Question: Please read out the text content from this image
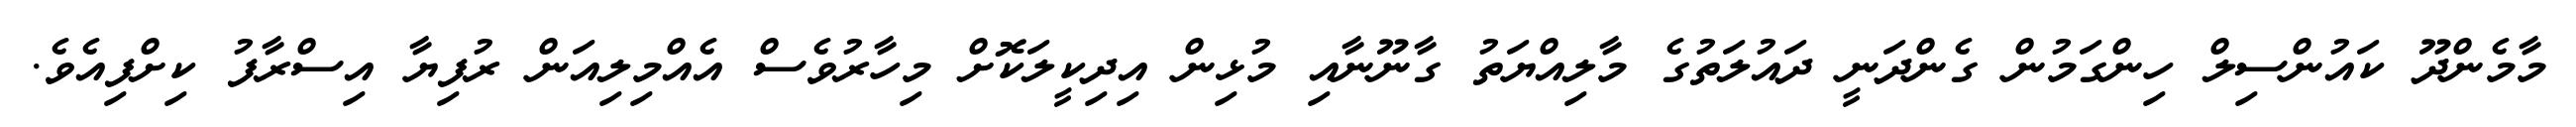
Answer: މާމެންދޫ ކައުންސިލް ހިންގަމުން ގެންދަނީ ދައުލަތުގެ މާލިއްޔަތު ގާނޫނާއި މުޅިން އިދިކީލަކޮށް މިހާރުވެސް އެއްމިލިއަން ރުފިޔާ އިސްރާފު ކިށްފިއެވެ.